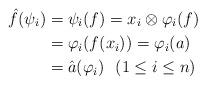
LaTeX: \begin{align*}\hat f(\psi_i ) &= \psi_i (f)= x_i \otimes \varphi_i (f)\\&= \varphi_i (f(x_i)) = \varphi_i (a)\\&= \hat a (\varphi_i)\,\,\,\, (1 \leq i \leq n )\end{align*}